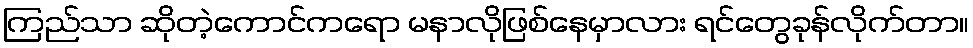
ကြည်သာ ဆိုတဲ့ကောင်ကရော မနာလိုဖြစ်နေမှာလား ရင်တွေခုန်လိုက်တာ။